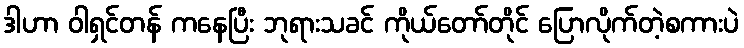
ဒါဟာ ဝါရှင်တန် ကနေပြီး ဘုရားသခင် ကိုယ်တော်တိုင် ပြောလိုက်တဲ့စကားပဲ